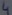
Text: 4